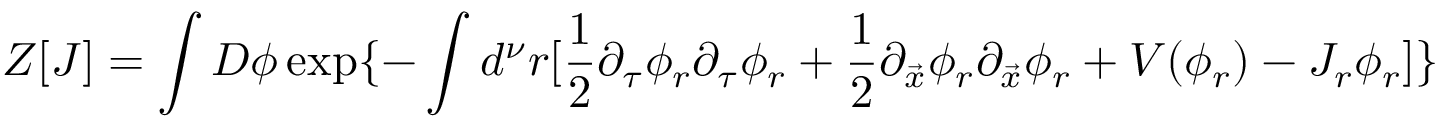
Z [ J ] = \int { \cal D } \phi \exp \{ - \int d ^ { \nu } r [ { \frac { 1 } { 2 } } \partial _ { \tau } \phi _ { r } \partial _ { \tau } \phi _ { r } + { \frac { 1 } { 2 } } \partial _ { \vec { x } } \phi _ { r } \partial _ { \vec { x } } \phi _ { r } + V ( \phi _ { r } ) - J _ { r } \phi _ { r } ] \}